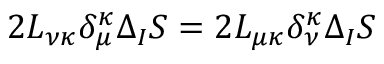
2 L _ { \nu \kappa } \delta _ { \mu } ^ { \kappa } \Delta _ { I } S = 2 L _ { \mu \kappa } \delta _ { \nu } ^ { \kappa } \Delta _ { I } S